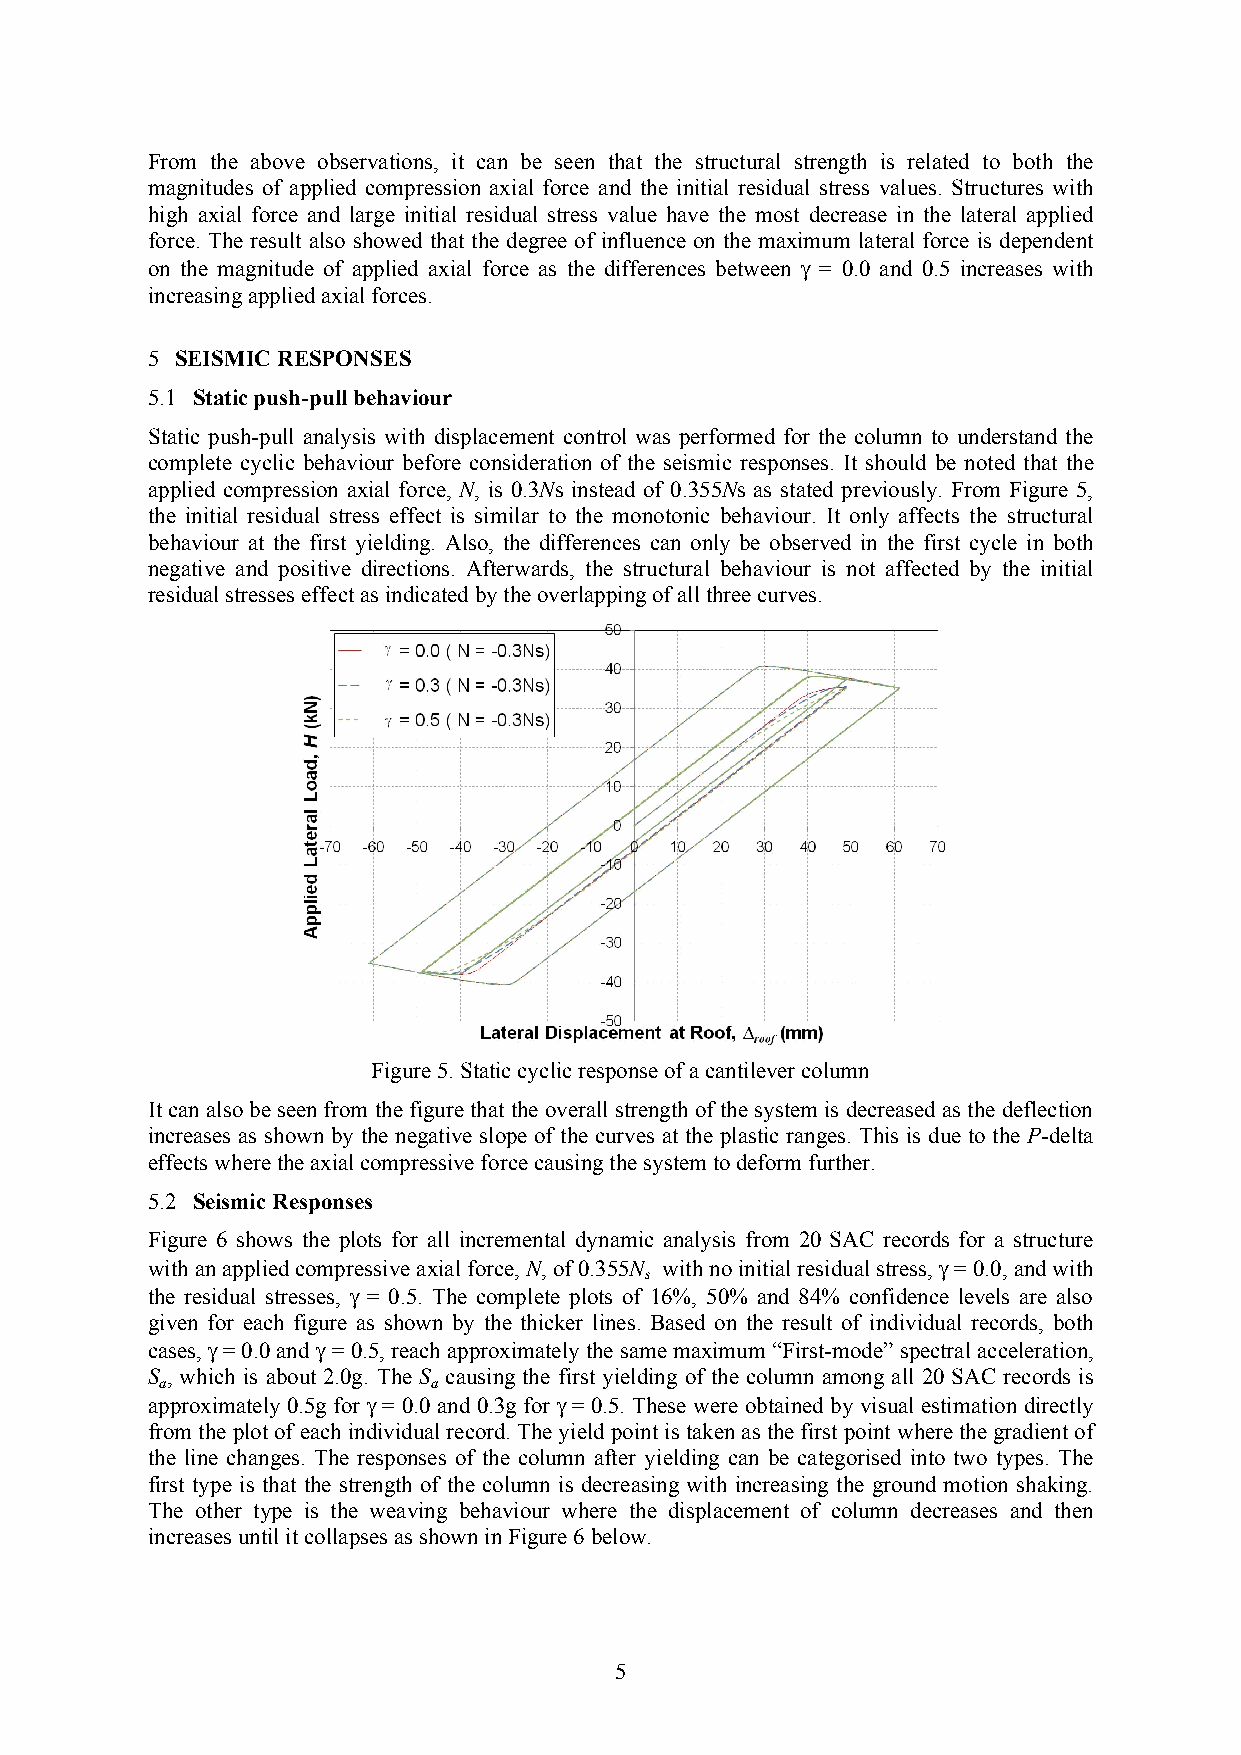
From the above observations, it can be seen that the structural strength is related to both the
 magnitudes of applied compression axial force and the initial residual stress values. Structures with
 high axial force and large initial residual stress value have the most decrease in the lateral applied
 force. The result also showed that the degree of influence on the maximum lateral force is dependent
 on the magnitude of applied axial force as the differences between  = 0.0 and 0.5 increases with
 increasing applied axial forces.
 5 SEISMIC RESPONSES
 5.1 Static push-pull behaviour
 Static push-pull analysis with displacement control was performed for the column to understand the
 complete cyclic behaviour before consideration of the seismic responses. It should be noted that the
 applied compression axial force, N, is 0.3Ns instead of 0.355Ns as stated previously. From Figure 5,
 the initial residual stress effect is similar to the monotonic behaviour. It only affects the structural
 behaviour at the first yielding. Also, the differences can only be observed in the first cycle in both
 negative and positive directions. Afterwards, the structural behaviour is not affected by the initial
 residual stresses effect as indicated by the overlapping of all three curves.
 Figure 5. Static cyclic response of a cantilever column
 It can also be seen from the figure that the overall strength of the system is decreased as the deflection
 increases as shown by the negative slope of the curves at the plastic ranges. This is due to the P-delta
 effects where the axial compressive force causing the system to deform further.
 5.2 Seismic Responses
 Figure 6 shows the plots for all incremental dynamic analysis from 20 SAC records for a structure
 with an applied compressive axial force, N, of 0.355N with no initial residual stress,  = 0.0, and with
 s
 the residual stresses,  = 0.5. The complete plots of 16%, 50% and 84% confidence levels are also
 given for each figure as shown by the thicker lines. Based on the result of individual records, both
 cases, = 0.0 and = 0.5, reach approximately the same maximum “First-mode” spectral acceleration,
 S , which is about 2.0g. The S causing the first yielding of the column among all 20 SAC records is
 a                 a
 approximately 0.5g for = 0.0 and 0.3g for = 0.5. These were obtained by visual estimation directly
 from the plot of each individual record. The yield point is taken as the first point where the gradient of
 the line changes. The responses of the column after yielding can be categorised into two types. The
 first type is that the strength of the column is decreasing with increasing the ground motion shaking.
 The other type is the weaving behaviour where the displacement of column decreases and then
 increases until it collapses as shown in Figure 6 below.
 5